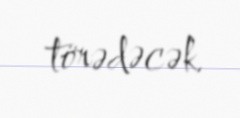
törədəcək.